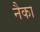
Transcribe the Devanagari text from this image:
नैका